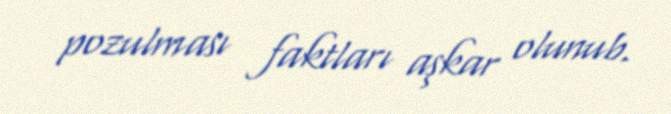
pozulması faktları aşkar olunub.